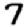
Digit: 7